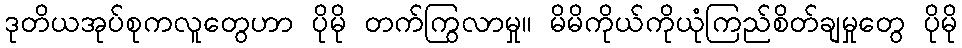
ဒုတိယအုပ်စုကလူတွေဟာ ပိုမို တက်ကြွလာမှု၊၊ မိမိကိုယ်ကိုယုံကြည်စိတ်ချမှုတွေ ပိုမို